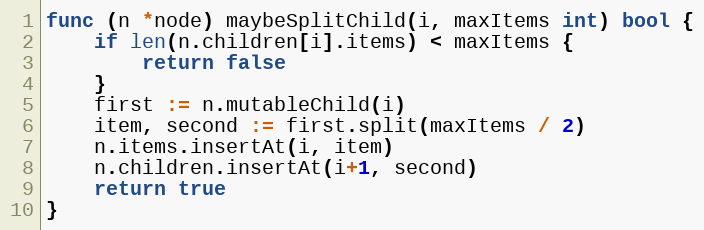
Language: Go
func (n *node) maybeSplitChild(i, maxItems int) bool {
	if len(n.children[i].items) < maxItems {
		return false
	}
	first := n.mutableChild(i)
	item, second := first.split(maxItems / 2)
	n.items.insertAt(i, item)
	n.children.insertAt(i+1, second)
	return true
}